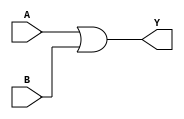
`timescale 1ns/100ps
module OR_2(output Y, input A, input B);
   or(Y, A, B); 
endmodule


module AND_2(output Y, input A, B);
   and(Y, A, B); 
endmodule

//muxtiflexer module 5 bit*********************************************
module mux_5bit(IN0,IN1,SEL,OUT);
	//declaring the ports
	input [4:0] IN0,IN1;
	input SEL;
	output reg [4:0] OUT;
	
	always @ (SEL,IN0,IN1) begin //set sensivity 
	#1
	if(SEL == 1'b0)begin
	OUT = IN0; 
	end
	else if(SEL == 1'b1) begin
	OUT = IN1;
	end
	end
	
endmodule

//muxtiflexer module*********************************************
module mux_32bit(IN0,IN1,SEL,OUT);

	//declaring the ports
	input [31:0] IN0,IN1;
	input SEL;
	output reg [31:0] OUT;
	
	always @ (SEL,IN0,IN1) begin #1//set sensivity 
	if(SEL == 1'b0)begin
	OUT = IN0; 
	end
	else if(SEL == 1'b1) begin
	OUT = IN1;
	end
	end
	
endmodule

//muxtiflexer module*********************************************
module mux_32bitx3(IN0,IN1,IN2,SEL,OUT);
	//declaring the ports
	input [31:0] IN0,IN1,IN2;
	input [1:0]SEL;
	output reg [31:0] OUT;
	
	always @ (SEL,IN0,IN1,IN2) begin #1//set sensivity 
	if(SEL == 2'b00)begin
	OUT = IN0; 
	end
	else if(SEL == 2'b01) begin
	OUT = IN1;
	end
	else if(SEL == 2'b10) begin
	OUT = IN2;
	end
	
	end
	
endmodule